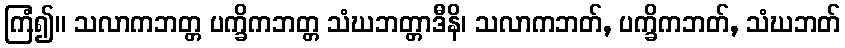
ကြံ၍။ သလာကဘတ္တ ပက္ခိကဘတ္တ သံဃဘတ္တာဒီနိ၊ သလာကဘတ်, ပက္ခိကဘတ်, သံဃဘတ်